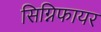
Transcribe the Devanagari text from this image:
सिग्निफायर